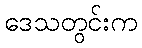
ဒေသတွင်းက